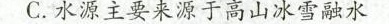
C.水源主要来源于高山冰雪融水